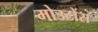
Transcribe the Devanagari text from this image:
मोउटोंस